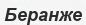
Беранже